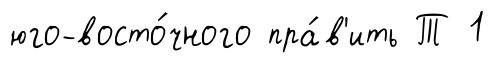
юго-восто́чного пра́в'ить Т 1